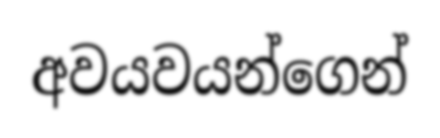
අවයවයන්ගෙන්